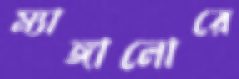
ম্যাঙ্গালোরে